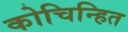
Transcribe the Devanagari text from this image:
कोचिन्हित